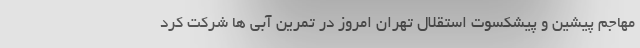
مهاجم پیشین و پیشکسوت استقلال تهران امروز در تمرین آبی ها شرکت کرد